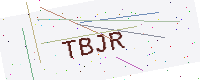
Text: TBJR